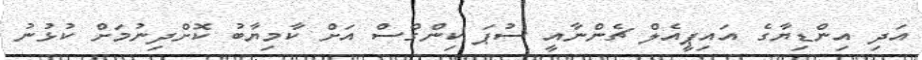
އަދި އިންޑިޔާގެ އައިޕީއެލް ޗެންނާއީ ސުޕަ ކިންގްސް އަށް ކާމިޔާބު ކޮށްދިނުމަށް ކުޅުނު